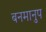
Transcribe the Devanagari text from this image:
बनमानुप